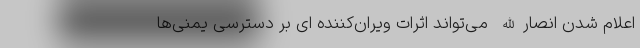
اعلام شدن انصارالله می‌تواند اثرات ویران‌کننده ای بر دسترسی یمنی‌ها